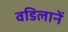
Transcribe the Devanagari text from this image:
वडिलानें